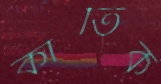
কার্তিক